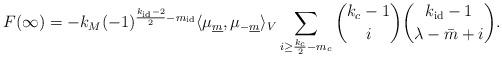
LaTeX: \begin{align*}F(\infty)=-k_M(-1)^{\frac{k_{\rm id}-2}{2}-m_{\rm id}}\langle \mu_{\underline{m}},\mu_{-\underline{m}}\rangle_V\sum_{i\geq \frac{k_c}{2}-m_c}\binom{k_c-1}{i}\binom{k_{\rm id}-1}{\lambda-\bar m+i}.\end{align*}